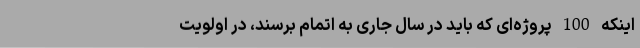
اینکه 100 پروژه‌ای که باید در سال جاری به اتمام برسند، در اولویت